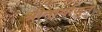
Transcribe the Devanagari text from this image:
श्रीनार्गाजुन